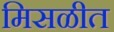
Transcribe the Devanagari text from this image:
मिसळीत